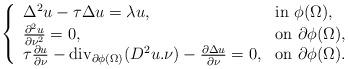
LaTeX: \begin{align*}\left\{\begin{array}{ll}\Delta^2u-\tau\Delta u=\lambda u, & {\rm in\ } \phi(\Omega),\\\frac{\partial^2u}{\partial\nu^2}=0, & {\rm on\ }\partial\phi(\Omega),\\\tau\frac{\partial u}{\partial\nu}-\mathrm{div}_{\partial\phi(\Omega)}(D^2u.\nu)-\frac{\partial\Delta u}{\partial\nu}=0,&{\rm on\ }\partial\phi(\Omega).\end{array}\right.\end{align*}